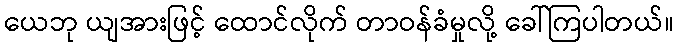
ယေဘု ယျအားဖြင့် ထောင်လိုက် တာဝန်ခံမှုလို့ ခေါ်ကြပါတယ်။